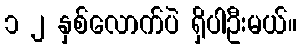
၁ ၂ နှစ်လောက်ပဲ ရှိပါဦးမယ်။